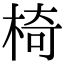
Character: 椅